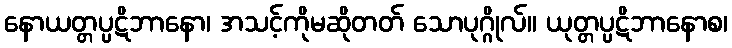
နောယတ္တပ္ပဋိဘာနော၊ အသင့်ကိုမဆိုတတ် သောပုဂ္ဂိုလ်။ ယုတ္တပ္ပဋိဘာနောစ၊